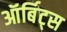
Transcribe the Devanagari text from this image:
ऑर्बिट्स